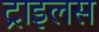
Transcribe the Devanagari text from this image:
ट्राइलस